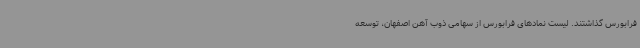
فرابورس گذاشتند. لیست نمادهای فرابورس از سهامی ذوب آهن اصفهان، توسعه